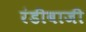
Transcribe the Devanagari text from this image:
रंडीबाजी